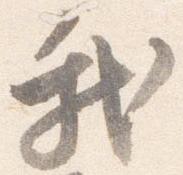
我